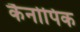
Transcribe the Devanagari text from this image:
कैनोपिक